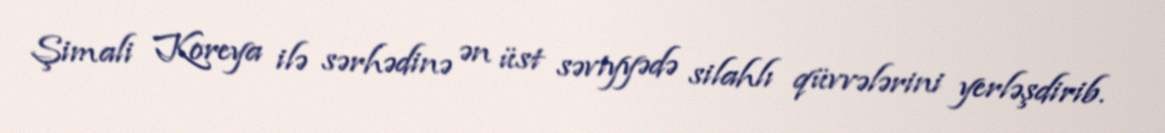
Şimali Koreya ilə sərhədinə ən üst səviyyədə silahlı qüvvələrini yerləşdirib.